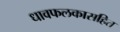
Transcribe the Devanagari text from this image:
धावफलकासहित